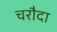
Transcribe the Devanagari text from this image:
चरौदा